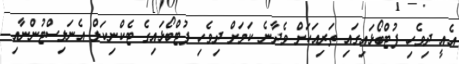
އެއީ ދިވެހި ފުޓްބޯޅައިގައި ތަރިއަކަށް ވެދާނެ ކަމަށް ދިވެހި ފުޓްބޯޅައިގެ ޓެކްނިކަލް އެނަލިސްޓުންނާއި